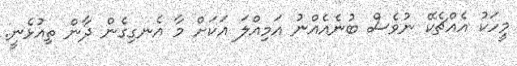
މީހަކު އެއްޗެކޭ ނުވެސް ބުނެއެއްނު އަމިއްލަ އަކަށް މާ އެނގިގެން ދާން ތިއުޅެނީ.